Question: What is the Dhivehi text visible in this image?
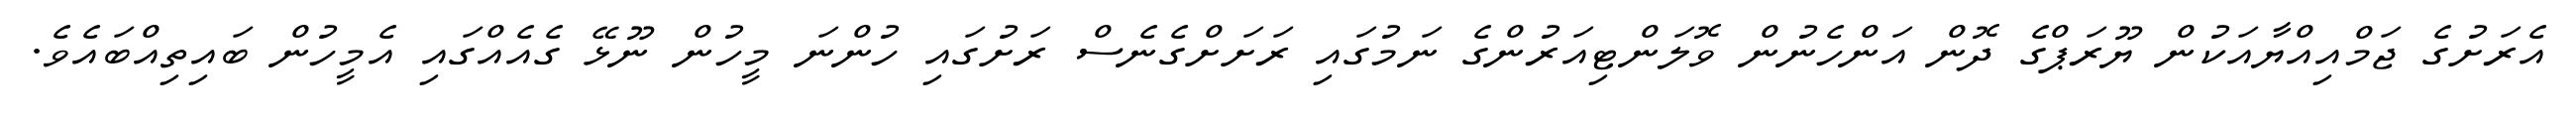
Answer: އެރަށުގެ ޖަމްއިއްޔާއަކުން ޔޫރަޕްގެ ދޮން އަންހެނުން ވޮލަންޓިއަރުންގެ ނަމުގައި ރަށަށްގެނެސް ރަށުގައި ހުންނަ މީހުން ނޫޅޭ ގެއެއްގައި އެމީހުން ބައިތިއްބައެވެ.